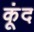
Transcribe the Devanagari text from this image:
कूंद